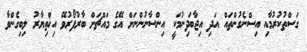
ގަސްތުކުރުމާއި އިސްނެގުންތައް އަދި އިޖާބަދިނުމަކީ އިންސާނުންނަށް އޭގެ މައްޗަށް ބާރުފޯރުވޭ އިޚްތިޔާރު ލިބިގެންވާ